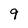
Character: 9